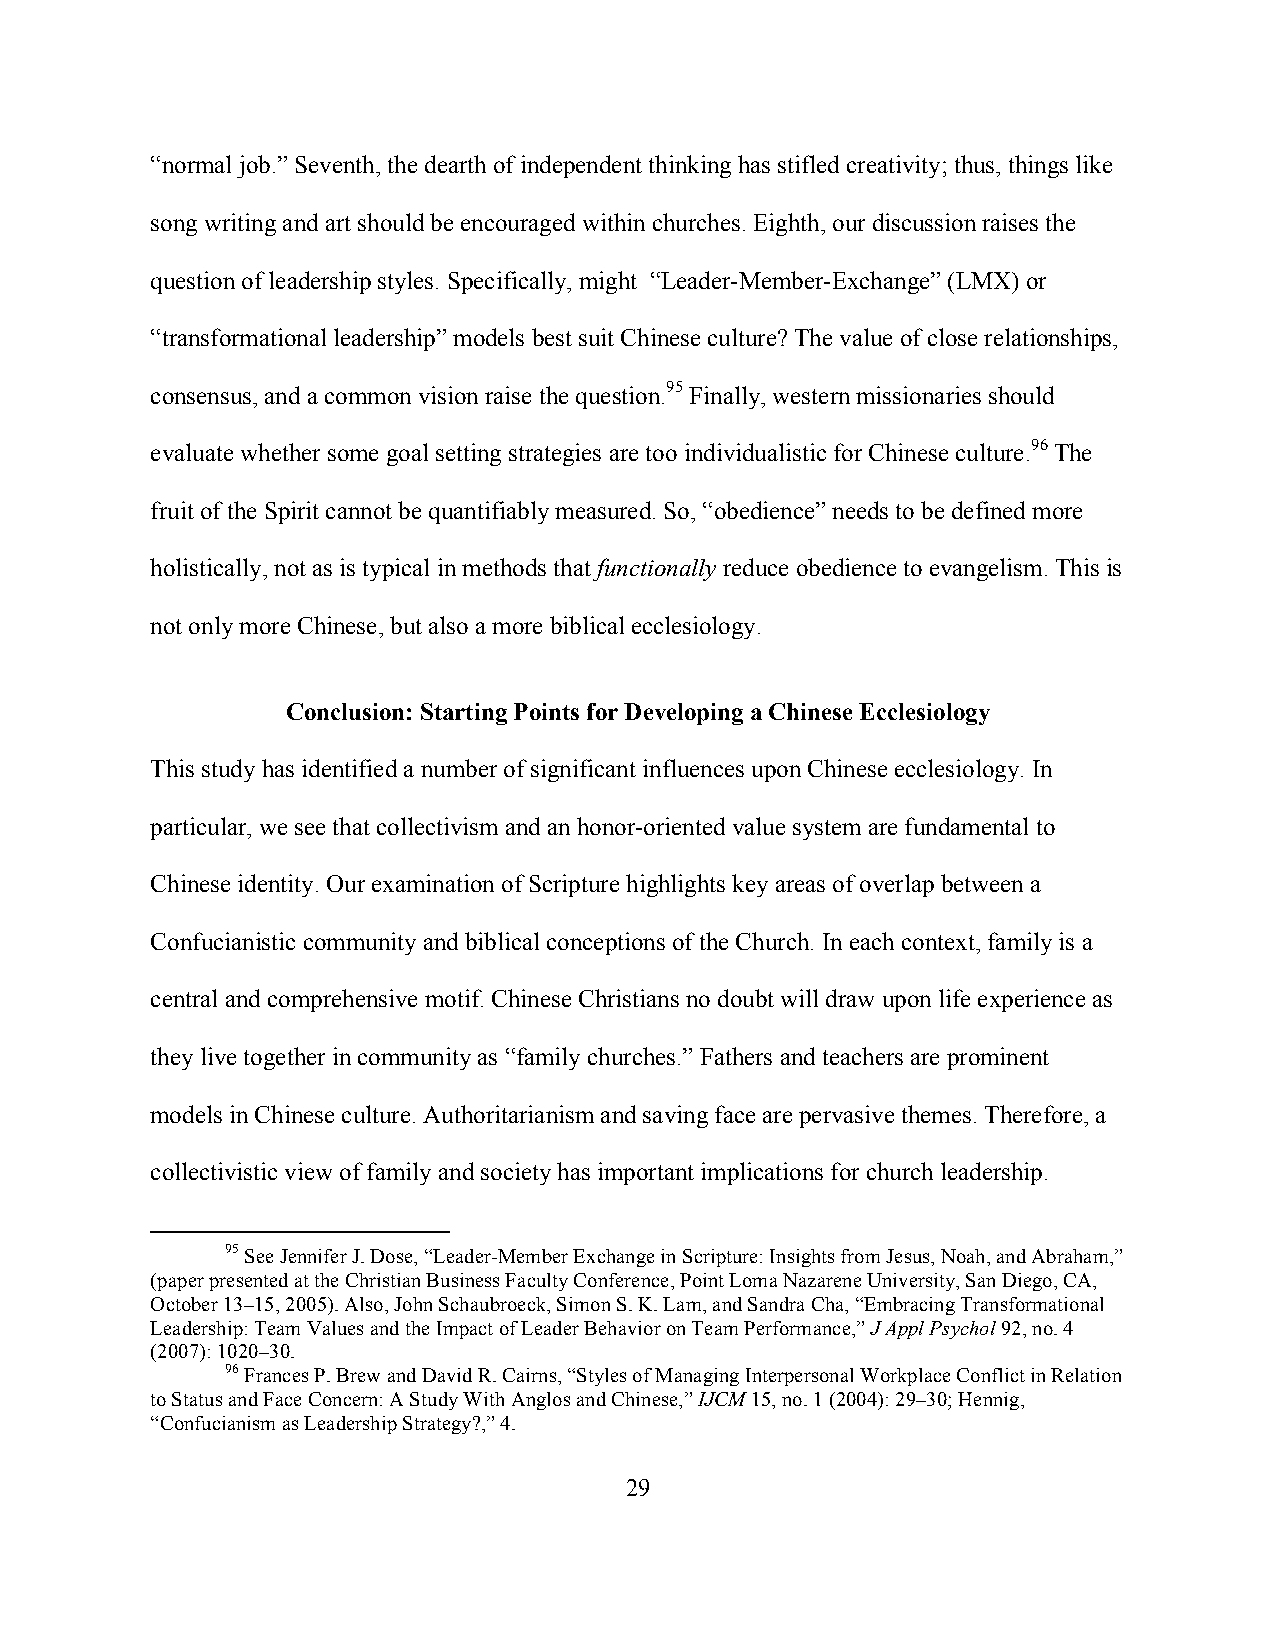
“normal job.” Seventh, the dearth of independent thinking has stifled creativity; thus, things like
 song writing and art should be encouraged within churches. Eighth, our discussion raises the
 question of leadership styles. Specifically, might “Leader-Member-Exchange” (LMX) or
 “transformational leadership” models best suit Chinese culture? The value of close relationships,
 consensus, and a common vision raise the question.95 Finally, western missionaries should
 evaluate whether some goal setting strategies are too individualistic for Chinese culture.96 The
 fruit of the Spirit cannot be quantifiably measured. So, “obedience” needs to be defined more
 holistically, not as is typical in methods that functionally reduce obedience to evangelism. This is
 not only more Chinese, but also a more biblical ecclesiology.
 Conclusion: Starting Points for Developing a Chinese Ecclesiology
 This study has identified a number of significant influences upon Chinese ecclesiology. In
 particular, we see that collectivism and an honor-oriented value system are fundamental to
 Chinese identity. Our examination of Scripture highlights key areas of overlap between a
 Confucianistic community and biblical conceptions of the Church. In each context, family is a
 central and comprehensive motif. Chinese Christians no doubt will draw upon life experience as
 they live together in community as “family churches.” Fathers and teachers are prominent
 models in Chinese culture. Authoritarianism and saving face are pervasive themes. Therefore, a
 collectivistic view of family and society has important implications for church leadership.
 95 See Jennifer J. Dose, “Leader-Member Exchange in Scripture: Insights from Jesus, Noah, and Abraham,”
 (paper presented at the Christian Business Faculty Conference, Point Loma Nazarene University, San Diego, CA,
 October 13–15, 2005). Also, John Schaubroeck, Simon S. K. Lam, and Sandra Cha, “Embracing Transformational
 Leadership: Team Values and the Impact of Leader Behavior on Team Performance,” J Appl Psychol 92, no. 4
 (2007): 1020–30.
 96 Frances P. Brew and David R. Cairns, “Styles of Managing Interpersonal Workplace Conflict in Relation
 to Status and Face Concern: A Study With Anglos and Chinese,” IJCM 15, no. 1 (2004): 29–30; Hennig,
 “Confucianism as Leadership Strategy?,” 4.
 29